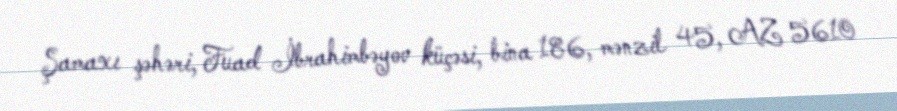
Şamaxı şəhəri, Fuad İbrahimbəyov küçəsi, bina 186, mənzil 45, AZ 5610